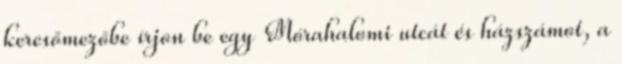
keresőmezőbe írjon be egy Mórahalomi utcát és házszámot, a